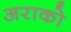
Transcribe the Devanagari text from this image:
अराको